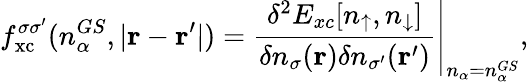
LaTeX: f_{\mathrm{xc}}^{\sigma\sigma^{\prime}}(n_{\alpha}^{GS},|\mathbf{r}-\mathbf{r}^{\prime}|)=\left.\frac{\delta^{2}E_{xc}[n_{\uparrow},n_{\downarrow}]}{\delta n_{\sigma}(\mathbf{r})\delta n_{\sigma^{\prime}}(\mathbf{r}^{\prime})}\right|_{n_{\alpha}=n_{\alpha}^{GS}},